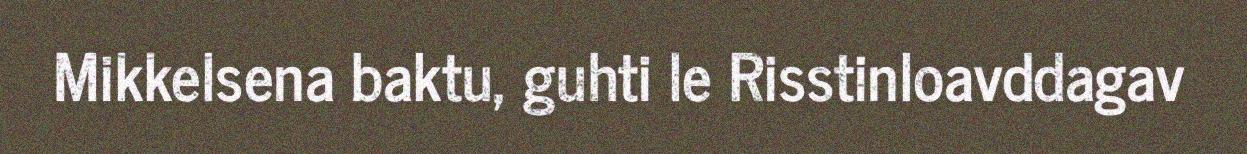
Mikkelsena baktu, guhti le Risstinloavddagav